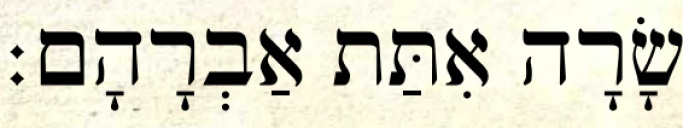
שָׂרָה אִתַּת אַבְרָהָם׃